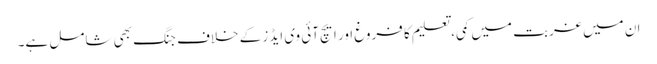
ان میں غربت میں کمی، تعلیم کا فروغ اور ایچ آئی وی ایڈز کے خلاف جنگ بھی شامل ہے۔